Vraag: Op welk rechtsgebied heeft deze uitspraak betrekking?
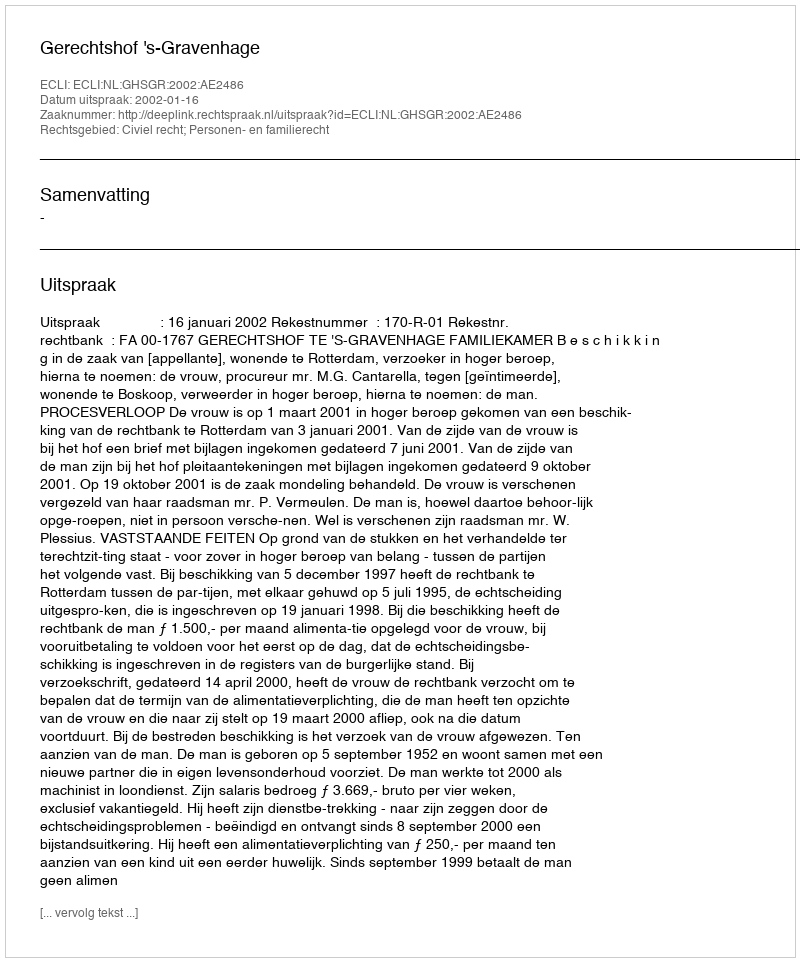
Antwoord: Civiel recht; Personen- en familierecht